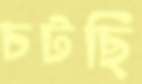
চটছি